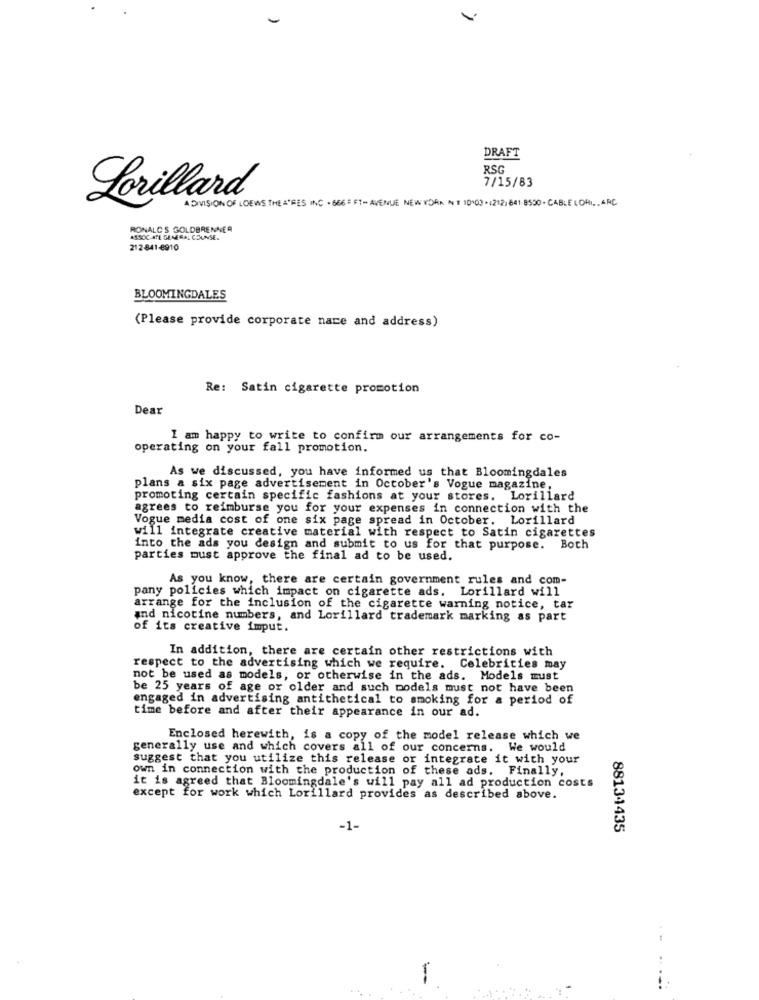
DRAFT
RSG
7/15/83
Lorillard®
A DIVISION OF LOEWS THE ="GES INC . 666 = FT- AVENUE NEW YORK NT 10109 +(212; 841-8530 . CABLE LORI, ARC
RONALD'S GOLDBRENNER
ASSOC-ATE GENERAL COUNSE ..
212 -841 €910
BLOOMINGDALES
(Please provide corporate name and address)
Re: Satin cigarette promotion
Dear
I am happy to write to confirm our arrangements for co-
operating on your fall promotion.
As we discussed, you have informed us that Bloomingdales
plans a six page advertisement in October's Vogue magazine,
promoting certain specific fashions at your stores. Lorillard
agrees to reimburse you for your expenses in connection with the
Vogue media cost of one six page spread in October. Lorillard
will integrate creative material with respect to Satin cigarettes
into the ads you design and submit to us for that purpose. Both
parties must approve the final ad to be used.
As you know, there are certain government rules and com-
pany policies which impact on cigarette ads. Lorillard will
arrange for the inclusion of the cigarette warning notice, tar
and nicotine numbers, and Lorillard trademark marking as part
of its creative imput.
In addition, there are certain other restrictions with
respect to the advertising which we require. Celebrities may
not be used as models, or otherwise in the ads. Models must
be 25 years of age or older and such models must not have been
engaged in advertising antithetical to smoking for a period of
time before and after their appearance in our ad.
Enclosed herewith, is a copy of the model release which we
generally use and which covers all of our concerns. We would
suggest that you utilize this release or integrate it with your
own in connection with the production of these ads. Finally,
it is agreed that Bloomingdale's will pay all ad production costs
except for work which Lorillard provides as described above.
-1-
88134435
--
..
.....